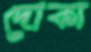
দোকা